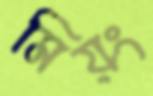
মিয়ং